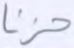
حزنا